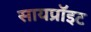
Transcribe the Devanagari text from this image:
सायप्रॉइट